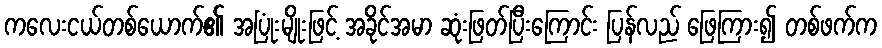
ကလေးငယ်တစ်ယောက်၏ အပြုံးမျိုးဖြင့် အခိုင်အမာ ဆုံးဖြတ်ပြီးကြောင်း ပြန်လည် ဖြေကြား၍ တစ်ဖက်က